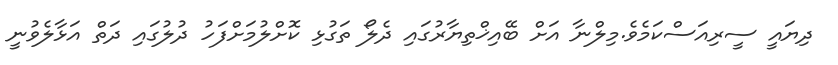
ދިޔައީ ސީރިއަސްކަމެވެ.މިލްނާ އަށް ބޭއިޚްތިޔާރުގައި ދެލޯ ތަގުޅި ކޮށްލުމަށްފަހު ދުލުގައި ދަތް އަޅާލެވުނީ